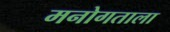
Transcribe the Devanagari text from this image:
मनोगताला